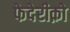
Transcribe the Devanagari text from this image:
फेदेरीक़ो